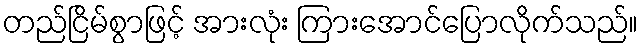
တည်ငြိမ်စွာဖြင့် အားလုံး ကြားအောင်ပြောလိုက်သည်။